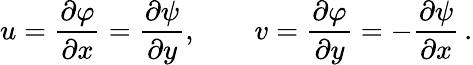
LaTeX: u={\frac{\partial\varphi}{\partial x}}={\frac{\partial\psi}{\partial y}},\qquad v={\frac{\partial\varphi}{\partial y}}=-{\frac{\partial\psi}{\partial x}}\, .